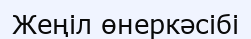
Жеңіл өнеркәсібі